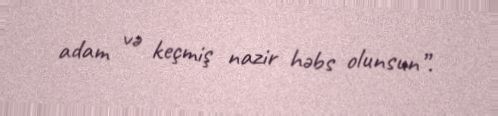
adam və keçmiş nazir həbs olunsun”.